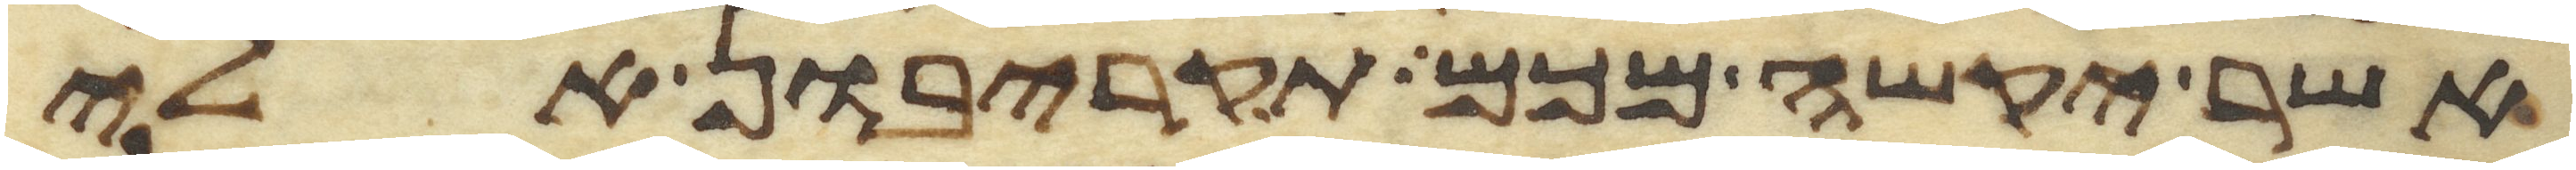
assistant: אשר יקשה מכם תקריבון אלי